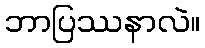
ဘာပြဿနာလဲ။